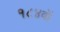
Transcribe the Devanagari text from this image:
१८४वॉ